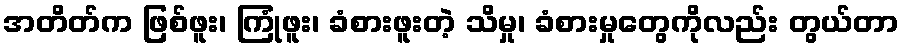
အတိတ်က ဖြစ်ဖူး၊ ကြုံဖူး၊ ခံစားဖူးတဲ့ သိမှု၊ ခံစားမှုတွေကိုလည်း တွယ်တာ